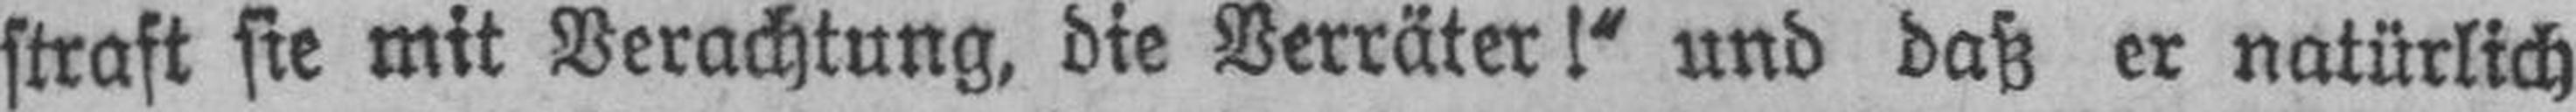
straft sie mit Verachtung, die Verräter!“ und daß er natürlich